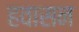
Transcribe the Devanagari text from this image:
हवासन